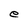
Character: e